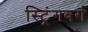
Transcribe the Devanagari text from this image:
स्ट्रिंगबर्ग